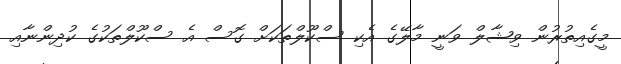
މީގެއިތުރުން ވިޝާލް ވަނީ މާލޭގެ އެކި ސްކޫލްތަކަށް ގޮސް އެ ސްކޫލްތަކުގެ ކުދިންނާއި